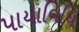
પાયાવિધિ